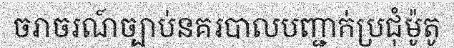
ចរាចរណ៍ច្បាប់នគរបាលបញ្ជាក់ប្រជុំម៉ូតូ